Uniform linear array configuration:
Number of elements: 48
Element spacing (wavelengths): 0.5
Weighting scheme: binomial
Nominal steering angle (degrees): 15
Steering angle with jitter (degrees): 16.303
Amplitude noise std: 0.05
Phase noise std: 0.05

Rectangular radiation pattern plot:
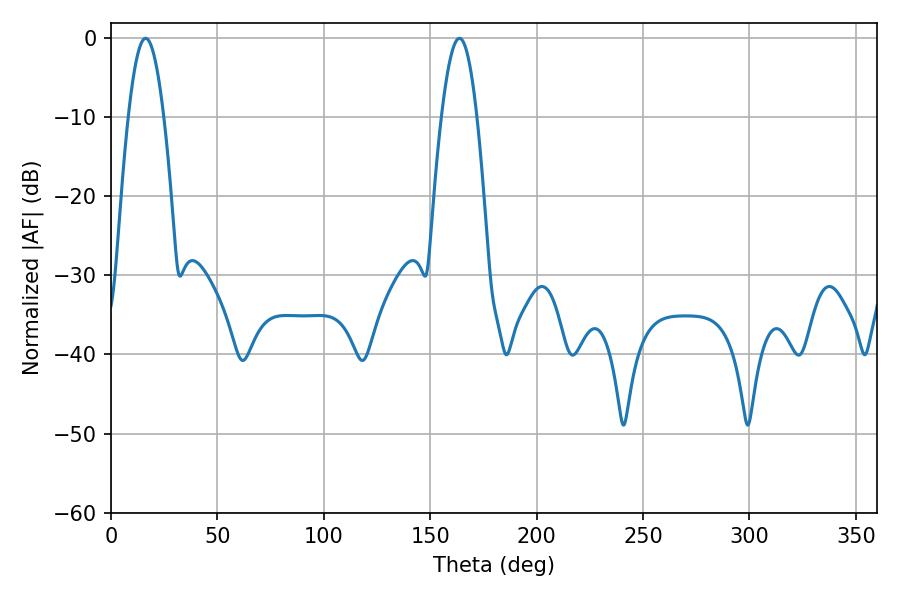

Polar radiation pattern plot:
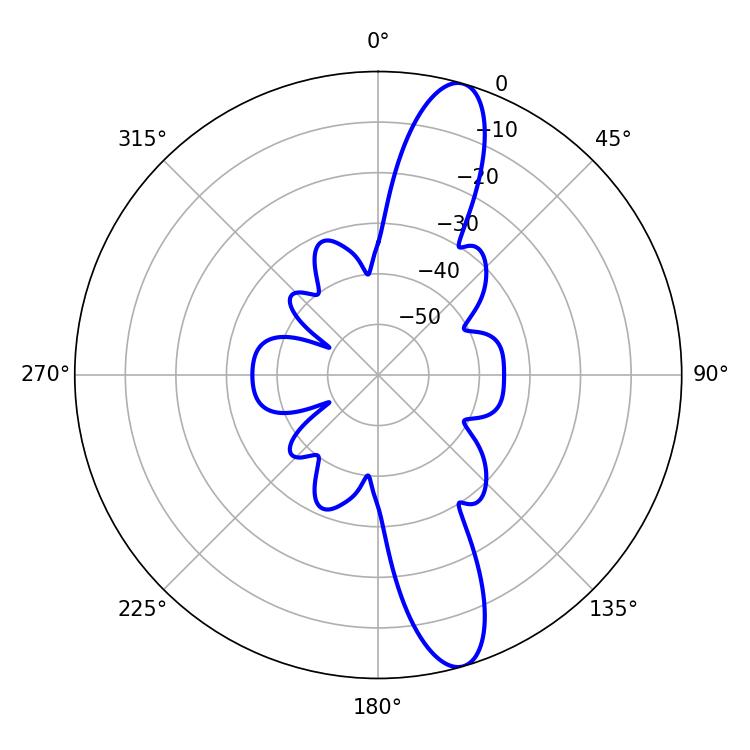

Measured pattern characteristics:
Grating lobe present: FALSE
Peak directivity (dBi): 13.165
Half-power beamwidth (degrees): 9
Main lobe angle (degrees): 16.2